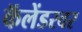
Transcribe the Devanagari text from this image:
कॅलेंडरवर